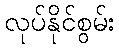
လုပ်နိုင်စွမ်း